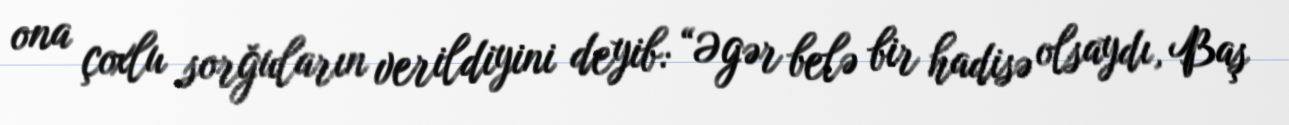
ona çoxlu sorğuların verildiyini deyib: “Əgər belə bir hadisə olsaydı, Baş